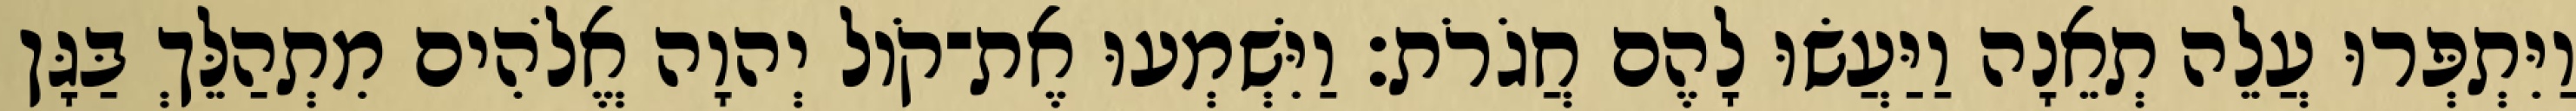
וַיִּתְפְּרוּ עֲלֵה תְאֵנָה וַיַּעֲשׂוּ לָהֶם חֲגֹרֹת׃ וַיִּשְׁמְעוּ אֶת־קֹול יְהוָה אֱלֹהִים מִתְהַלֵּךְ בַּגָּן